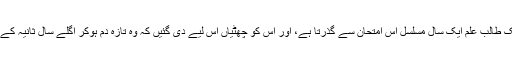
اور سمجھیں کہ ایک طالب علم ایک سال مسلسل اس امتحان سے گذرتا ہے، اور اس کو چھٹیاں اس لیے دی گئیں کہ وہ تازہ دم ہوکر اگلے سال ثانیہ کے لیے تیار ہوجائے۔